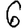
Digit: 6